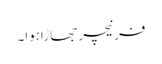
فرنیچر جھاڑاہوا۔